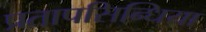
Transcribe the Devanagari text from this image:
प्रतापसिन्धिया